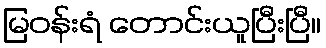
မြဝန်းရံ တောင်းယူပြီးပြီ။